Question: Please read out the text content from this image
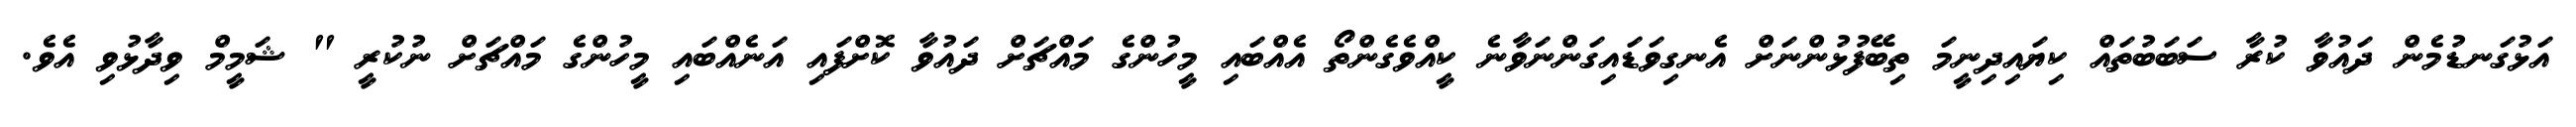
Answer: އަޅުގަނޑުމެން ދައުވާ ކުރާ ސަބަބުތައް ކިޔައިދިނީމަ ތިބޭފުޅުންނަށް އެނގިވަޑައިގަންނަވާނެ ކީއްވެގެންތޯ އެއްބައި މީހުންގެ މައްޗަށް ދައުވާ ކޮށްފައި އަނެއްބައި މީހުންގެ މައްޗަށް ނުކުރީ " ޝަމީމް ވިދާޅުވި އެވެ.